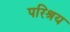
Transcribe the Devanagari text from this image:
परिश्रय